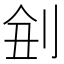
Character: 𠜋